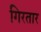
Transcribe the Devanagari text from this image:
गिरतार